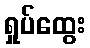
ရှုပ်ထွေး